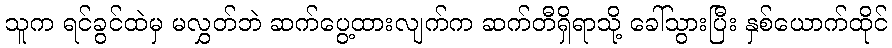
သူက ရင်ခွင်ထဲမှ မလွှတ်ဘဲ ဆက်ပွေ့ထားလျက်က ဆက်တီရှိရာသို့ ခေါ်သွားပြီး နှစ်ယောက်ထိုင်